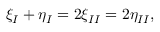
\xi _ { I } + \eta _ { I } = 2 \xi _ { I I } = 2 \eta _ { I I } ,